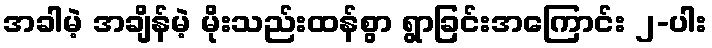
အခါမဲ့ အချိန်မဲ့ မိုးသည်းထန်စွာ ရွာခြင်းအကြောင်း ၂-ပါး